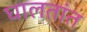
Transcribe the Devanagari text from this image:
घालतांत